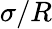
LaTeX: {\sigma/R}